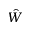
\hat { W }